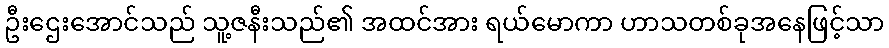
ဦးဌေးအောင်သည် သူ့ဇနီးသည်၏ အထင်အား ရယ်မောကာ ဟာသတစ်ခုအနေဖြင့်သာ